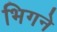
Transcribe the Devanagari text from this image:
भिगने